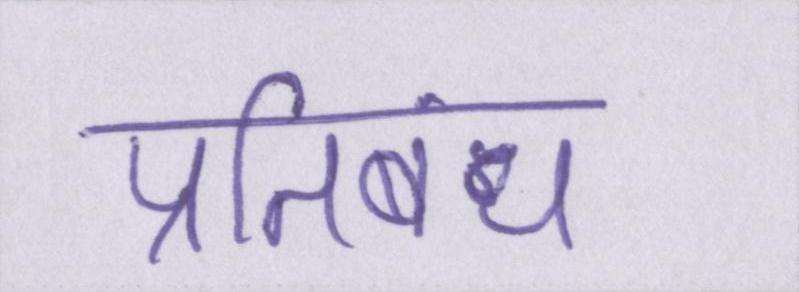
प्रतिबंध